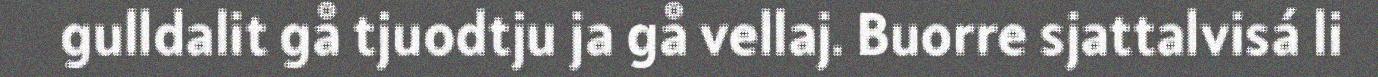
gulldalit gå tjuodtju ja gå vellaj. Buorre sjattalvisá li